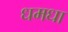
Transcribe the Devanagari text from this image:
धमधा